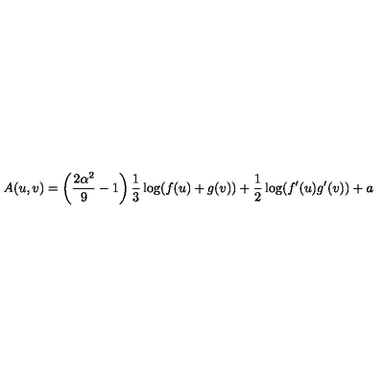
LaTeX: A ( u , v ) = \left( \frac { 2 \alpha ^ { 2 } } { 9 } - 1 \right) \frac { 1 } { 3 } \log ( f ( u ) + g ( v ) ) + \frac { 1 } { 2 } \log ( f ^ { \prime } ( u ) g ^ { \prime } ( v ) ) + a